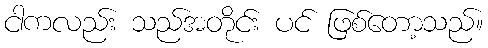
ငါကလည်း သည်အတိုင်း ပင် ဖြစ်တော့သည်။